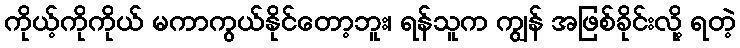
ကိုယ့်ကိုကိုယ် မကာကွယ်နိုင်တော့ဘူး၊ ရန်သူက ကျွန် အဖြစ်ခိုင်းလို့ ရတဲ့